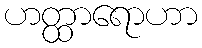
ဟတ္ထာရောဟာ